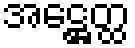
အဋ္ဌေတ္ထ